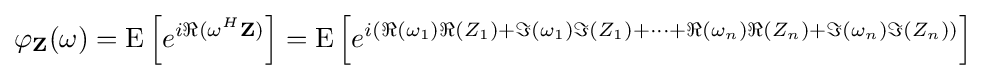
\varphi _{\mathbf {Z} }(\mathbf {\omega } )=\operatorname {E} \left[e^{i\Re {(\mathbf {\omega } ^{H}\mathbf {Z} )}}\right]=\operatorname {E} \left[e^{i(\Re {(\omega _{1})}\Re {(Z_{1})}+\Im {(\omega _{1})}\Im {(Z_{1})}+\cdots +\Re {(\omega _{n})}\Re {(Z_{n})}+\Im {(\omega _{n})}\Im {(Z_{n})})}\right]